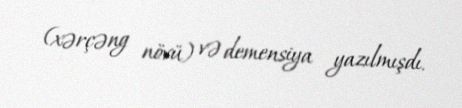
(xərçəng növü) və demensiya yazılmışdı.